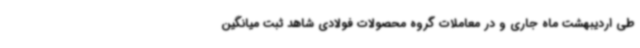
طی اردیبهشت ماه جاری و در معاملات گروه محصولات فولادی شاهد ثبت میانگین